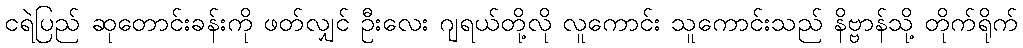
ငရဲပြည် ဆုတောင်းခန်းကို ဖတ်လျှင် ဦးလေး ဂျရယ်တို့လို လူကောင်း သူကောင်းသည် နိဗ္ဗာန်သို့ တိုက်ရိုက်